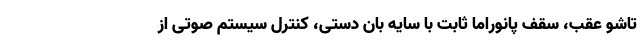
تاشو عقب، سقف پانوراما ثابت با سایه بان دستی، کنترل سیستم صوتی از